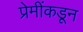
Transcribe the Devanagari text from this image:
प्रेमींकडून